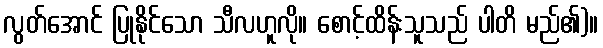
လွတ်အောင် ပြုနိုင်သော သီလဟူလို။ စောင့်ထိန်းသူသည် ပါတိ မည်၏)။